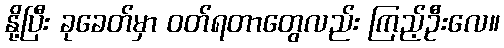
နို့ပြီး ခုခေတ်မှာ ဝတ်ရတာတွေလည်း ကြည့်ဦးလေ။